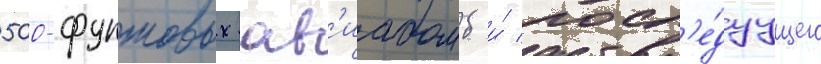
500-фунтовых ав'иабомб и́ посл'е́дуущего